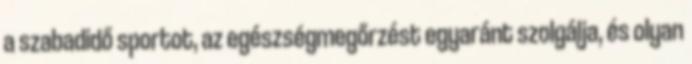
a szabadidő sportot, az egészségmegőrzést egyaránt szolgálja, és olyan